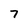
Character: 7